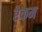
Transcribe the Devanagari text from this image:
रेकम